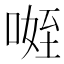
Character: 𭉐